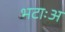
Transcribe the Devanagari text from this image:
भटाःअ